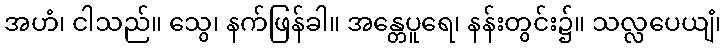
အဟံ၊ ငါသည်။ သွေ၊ နက်ဖြန်ခါ။ အန္တေပူရေ၊ နန်းတွင်း၌။ သလ္လပေယျံ၊